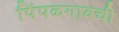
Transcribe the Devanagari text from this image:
पिंपळगावची